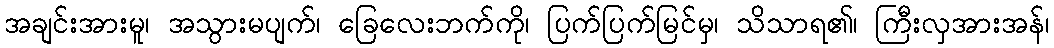
အချင်းအားမူ၊ အသွားမပျက်၊ ခြေလေးဘက်ကို၊ ပြက်ပြက်မြင်မှ၊ သိသာရ၏၊ ကြီးလှအားအန်၊